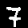
Digit: 7